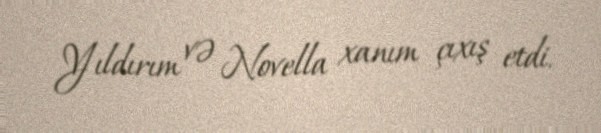
Yıldırım və Novella xanım çıxış etdi.